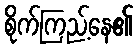
စိုက်ကြည့်နေ၏